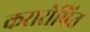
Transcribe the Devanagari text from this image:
करारोपित